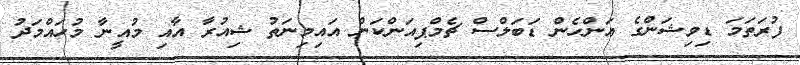
ފުރަތަމަ ޑިވިޝަންގެ އަންހެން ޑަބަލްސް ޗެމްޕިއަންކަން އައިމިނަތު ޝިއުރާ އާއި މުއީނާ މުހައްމަދު